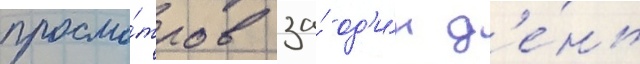
просмо́тров за́ од'и́н д'е́нь